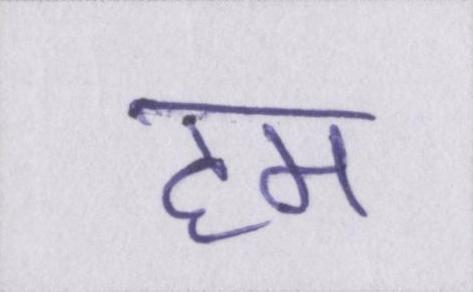
हम